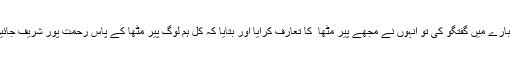
میں نے ان لوگوں سے پیر کی تلاش کے بارے میں گفتگو کی تو انہوں نے مجھے پیر مٹھا ؒ کا تعارف کرایا اور بتایا کہ کل ہم لوگ پیر مٹھاؒ کے پاس رحمت پور شریف جائیں گے تو آپ کو بھی ساتھ لے جائیں گے۔